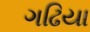
ગઢિયા